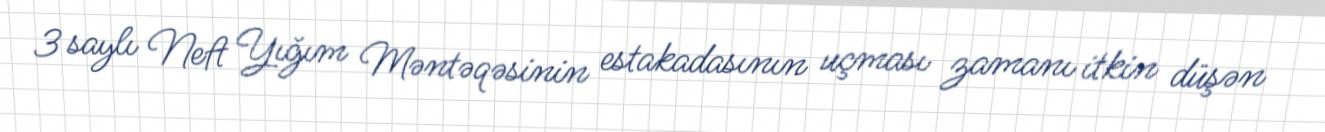
3 saylı Neft Yığım Məntəqəsinin estakadasının uçması zamanı itkin düşən